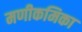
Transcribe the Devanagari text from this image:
मणीकमिका